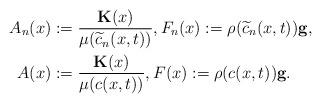
LaTeX: \begin{align*}A_{n}(x) &:= \frac{\mathbf{K}(x)}{\mu(\widetilde{c}_{n}(x,t))}, F_{n}(x):= \rho(\widetilde{c}_{n}(x,t))\mathbf{g}, \\A(x) &:= \frac{\mathbf{K}(x)}{\mu(c(x,t))}, F(x):= \rho(c(x,t))\mathbf{g}.\end{align*}